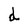
Character: d